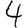
Digit: 4